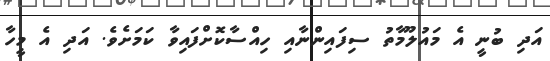
އަދި ބުނީ އެ މައުލޫމާތު ސިފައިންނާއި ހިއްސާކޮށްފައިވާ ކަމަށެވެ. އަދި އެ މީހާ